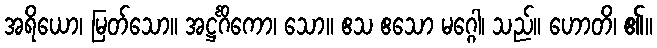
အရိယော၊ မြတ်သော။ အဋ္ဌင်္ဂိကော၊ သော။ ဧသ ဧသော မဂ္ဂေါ၊ သည်။ ဟောတိ၊ ၏။